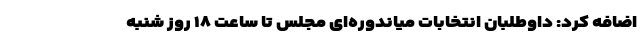
اضافه کرد: داوطلبان انتخابات میاندوره‌ای مجلس تا ساعت ۱۸ روز شنبه